Plague in India, 1896, 1897 - Volume 3
Year: 1896
Disease focus: Plague
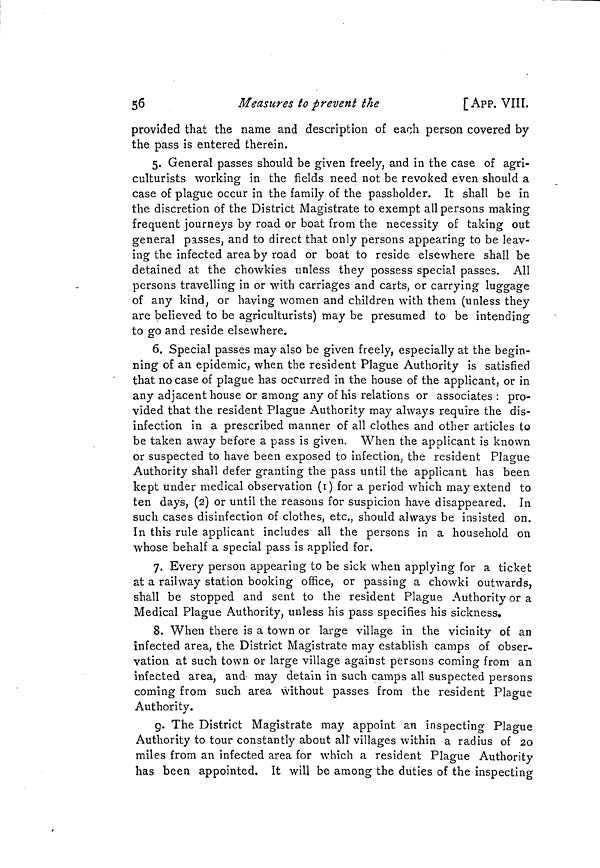
56
Measures to prevent the
[App. VIII,
provided that the name and description of each person covered by
the pass is entered therein.
5. General passes should be given freely, and in the case of agri-
culturists working in the fields need not be revoked even should a
case of plague occur in the family of the passholder. It shall be in
the discretion of the District Magistrate to exempt all persons making
frequent journeys by road or boat from the necessity of taking out
general passes, and to direct that only persons appearing to be leav-
ing the infected area by road or boat to reside elsewhere shall be
detained at the chowkies unless they possess special passes. All
persons travelling in or with carriages and carts, or carrying luggage
of any kind, or having women and children with them (unless they
are believed to be agriculturists) may be presumed to be intending
to go and reside elsewhere.
6. Special passes may also be given freely, especially at the begin-
ning of an epidemic, when the resident Plague Authority is satisfied
that no case of plague has occurred in the house of the applicant, or in
any adjacent house or among any of his relations or associates: pro-
vided that the resident Plague Authority may always require the dis-
infection in a prescribed manner of all clothes and other articles to
be taken away before a pass is given. When the applicant is known
or suspected to have been exposed to infection, the resident Plague
Authority shall defer granting the pass until the applicant has been
kept under medical observation (1) for a period which may extend to
ten days, (2) or until the reasons for suspicion have disappeared. In
such cases disinfection of clothes, etc., should always be insisted on.
In this rule applicant includes all the persons in a household on
whose behalf a special pass is applied for.
7. Every person appearing to be sick when applying for a ticket
at a railway station booking office, or passing a chowki outwards,
shall be stopped and sent to the resident Plague Authority or a
Medical Plague Authority, unless his pass specifies his sickness.
8. When there is a town or large village in the vicinity of an
infected area, the District Magistrate may establish camps of obser-
vation at such town or large village against persons coming from an
infected area, and may detain in such camps all suspected persons
coming from such area without passes from the resident Plague
Authority.
g. The District Magistrate may appoint an inspecting Plague
Authority to tour constantly about all villages within a radius of 20
miles from an infected area for which a resident Plague Authority
has been appointed. It will be among the duties of the inspecting